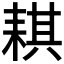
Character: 𦓿